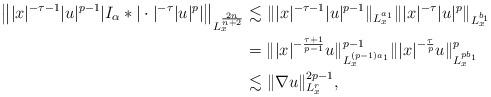
LaTeX: \begin{align*}\big\||x|^{-\tau-1}|u|^{p-1}|I_\alpha\ast|\cdot|^{-\tau}|u|^p|\big\|_{L_x^{\frac{2n}{n+2}}} &\lesssim \||x|^{-\tau-1}|u|^{p-1}\|_{L_x^{a_1}} \||x|^{-\tau}|u|^p\|_{L_x^{b_1}} \\&=\||x|^{-\frac{\tau+1}{p-1}}u\|^{p-1}_{L_x^{(p-1)a_1}}\||x|^{-\frac{\tau}{p}}u\|^{p}_{L_x^{pb_1}}\\&\lesssim \|\nabla u\|_{L_x^r}^{2p-1},\end{align*}